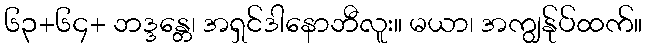
၆၃+၆၄+ ဘဒ္ဒန္တေ၊ အရှင်ဒါနောဘီလူး။ မယာ၊ အကျွန်ုပ်ထက်။